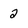
Character: 2